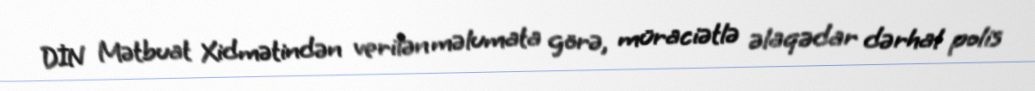
DİN Mətbuat Xidmətindən verilən məlumata görə, müraciətlə əlaqədar dərhal polis